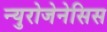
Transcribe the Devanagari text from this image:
न्युरोजेनेसिस